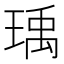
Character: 瑀